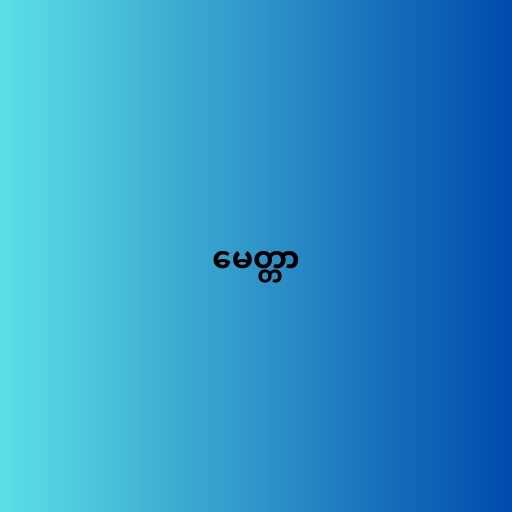
မေတ္တာ